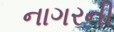
નાગરની